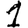
Digit: 1